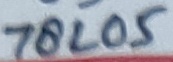
Text: 78L05